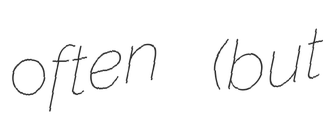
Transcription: often (but